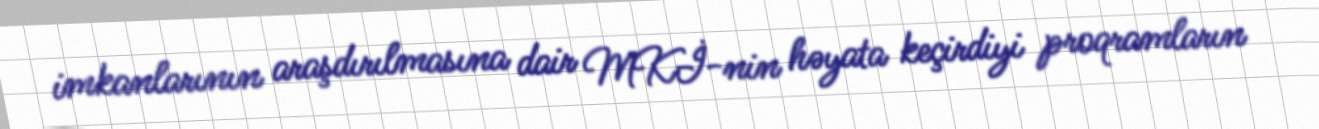
imkanlarının araşdırılmasına dair MKİ-nin həyata keçirdiyi proqramların